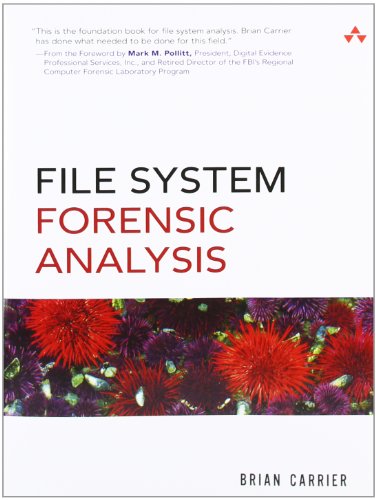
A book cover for File System Forensic Analysis; Brian Carrier; Computers & Technology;